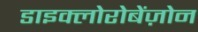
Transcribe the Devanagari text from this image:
डाइक्लोरोबेंज़ोन